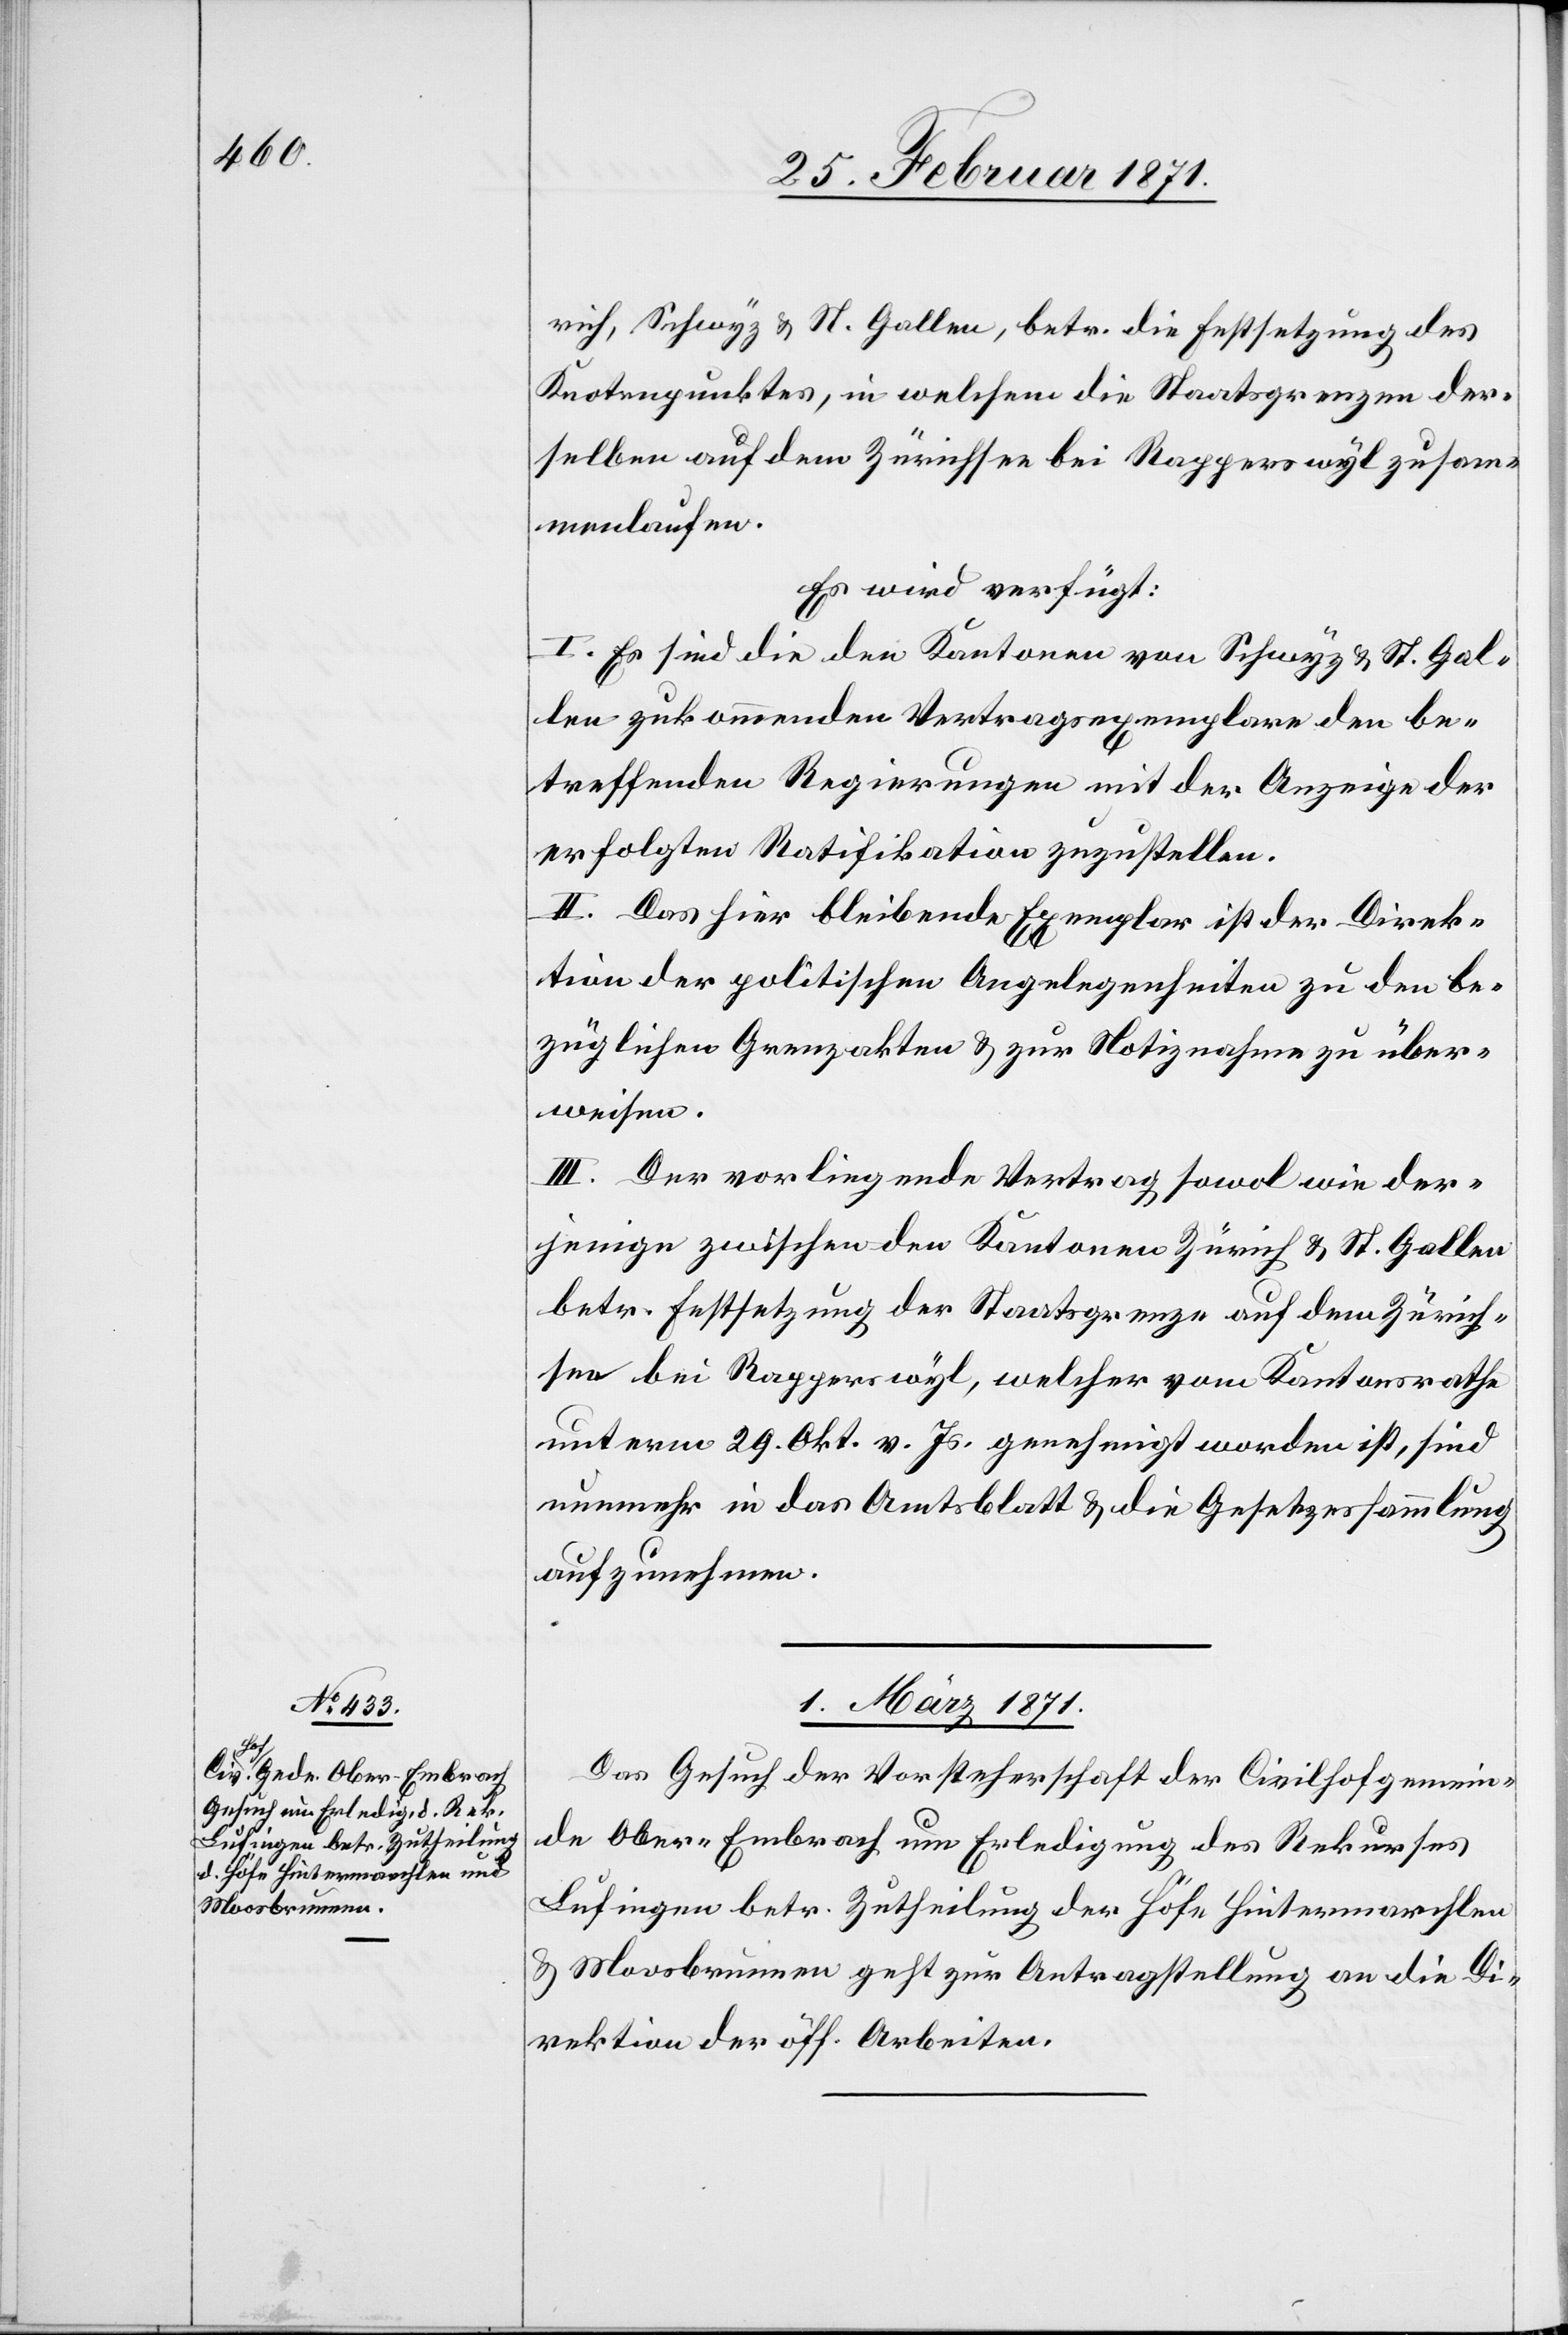
rich, Schwyz u. St. Gallen, betr. die Festsetzung des
Knotenpunktes, in welchem die Staatsgrenzen der¬
selben auf dem Zürichsee bei Rapperswyl zusam¬
menlaufen.
Es wird verfügt:
I. Es sind die den Kantonen von Schwyz u. St. Gal¬
len zukommenden Vertragsexemplare den be¬
treffenden Regierungen mit der Anzeige der
erfolgten Ratifikation zuzustellen.
II. Das hier bleibende Exemplar ist der Direk¬
tion der politischen Angelegenheiten zu den be¬
züglichen Grenzakten u. zur Notiznahme zu über¬
weisen.
III. Der vorliegende Vertrag sowol wie der¬
jenige zwischen den Kantonen Zürich u. St. Gallen
betr. Festsetzung der Staatsgrenze auf dem Zürich¬
see bei Rapperswyl, welcher vom Kantonsrathe
unterm 29. Okt. v. Js. genehmigt worden ist, sind
nunmehr in das Amtsblatt u. die Gesetzessammlung
aufzunehmen.
01. März 1871.
Das Gesuch der Vorsteherschaft der Civilhofgemein¬
de Ober-Embrach um Erledigung des Rekurses
Lufingen betr. Zutheilung der Höfe Hintermarchlen
u. Moosbrunnen geht zur Antragstellung an die Di¬
rektion der öff. Arbeiten.